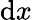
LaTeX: \mathrm{d}x